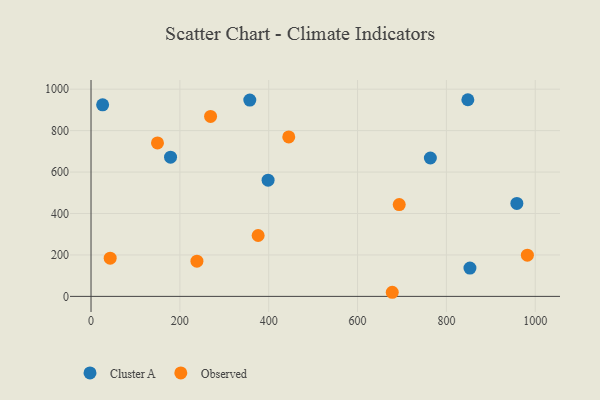
{"axis": {"x": "Price", "y": "Exam Score"}, "legend": ["Cluster A", "Observed"], "data": [{"x": "398.6", "y": 561.1, "type": "Cluster A"}, {"x": "958.6", "y": 448.9, "type": "Cluster A"}, {"x": "357.4", "y": 947.5, "type": "Cluster A"}, {"x": "179.0", "y": 671.7, "type": "Cluster A"}, {"x": "848.3", "y": 949.2, "type": "Cluster A"}, {"x": "853.0", "y": 136.5, "type": "Cluster A"}, {"x": "763.9", "y": 668.0, "type": "Cluster A"}, {"x": "26.1", "y": 924.8, "type": "Cluster A"}, {"x": "269.1", "y": 868.8, "type": "Observed"}, {"x": "982.3", "y": 199.1, "type": "Observed"}, {"x": "376.2", "y": 293.8, "type": "Observed"}, {"x": "149.6", "y": 740.7, "type": "Observed"}, {"x": "43.1", "y": 184.4, "type": "Observed"}, {"x": "238.4", "y": 170.0, "type": "Observed"}, {"x": "445.1", "y": 769.8, "type": "Observed"}, {"x": "693.8", "y": 443.3, "type": "Observed"}, {"x": "678.1", "y": 19.8, "type": "Observed"}]}